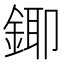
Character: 𮢄